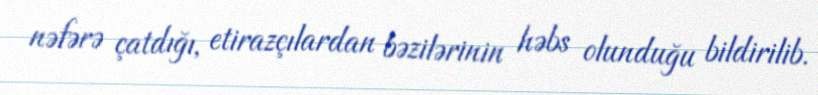
nəfərə çatdığı, etirazçılardan bəzilərinin həbs olunduğu bildirilib.